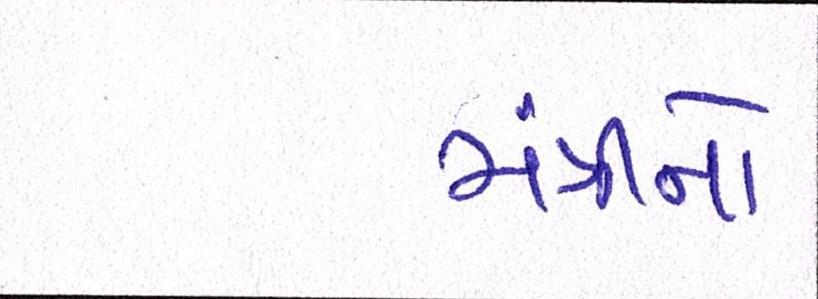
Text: મંત્રીનો